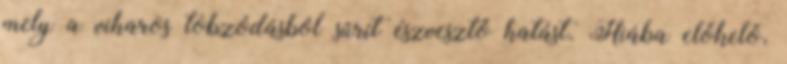
mely a viharos tobzódásból sűrít észvesztő hatást. Hiába előkelő,